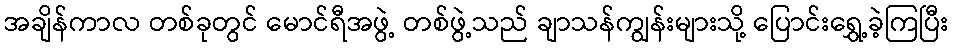
အချိန်ကာလ တစ်ခုတွင် မောင်ရီအဖွဲ့ တစ်ဖွဲ့သည် ချာသန်ကျွန်းများသို့ ပြောင်းရွှေ့ခဲ့ကြပြီး